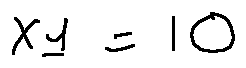
X _ { 1 } = 1 0